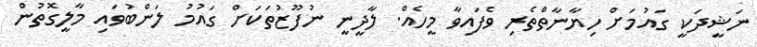
ނަޝީދަކީ ގައުމަށް ހިޔާނާތްތެރި ވެފައިވާ މީހެއް. ލާދީނީ ނުފޫޒުތަކަށް ގައުމު ލަންބުވައި މާލީގޮތުން